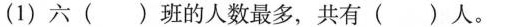
(1)六( )班的人数最多，共有( )人。